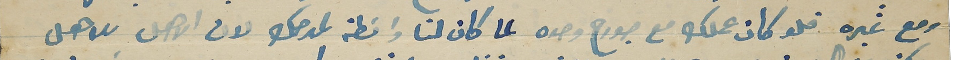
ومع غيره فلو كان عملك مع جورح وحده لما كان لنا واسَطة لمدحك لان الاهل للاهل